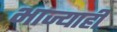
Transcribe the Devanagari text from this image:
भाज्याही